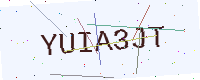
Text: YUIA3JT